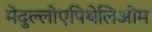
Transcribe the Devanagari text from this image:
मेदुल्लोएपिथेलिओम